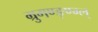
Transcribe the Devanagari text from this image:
म्रुगण्ङ्ण्ग्ल्